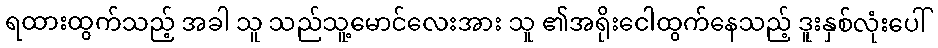
ရထားထွက်သည့် အခါ သူ သည်သူ့မောင်လေးအား သူ ၏အရိုးငေါထွက်နေသည့် ဒူးနှစ်လုံးပေါ်